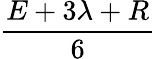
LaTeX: \frac{E+3\lambda+R}{6}